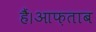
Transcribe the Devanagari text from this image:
हैं।आफ़ताब